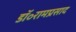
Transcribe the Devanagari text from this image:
डॉ॰रामप्रसाद